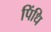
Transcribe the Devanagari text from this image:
पिंधि